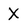
Character: X